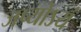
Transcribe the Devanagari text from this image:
जप्योऽयं